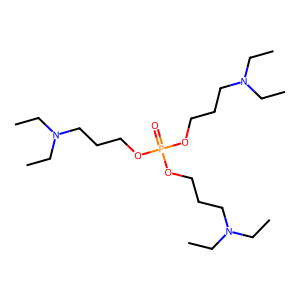
SMILES: CCN(CC)CCCOP(=O)(OCCCN(CC)CC)OCCCN(CC)CC
Inhibits HIV replication: No